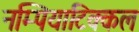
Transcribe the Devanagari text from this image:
नम्पियाटिक्कल